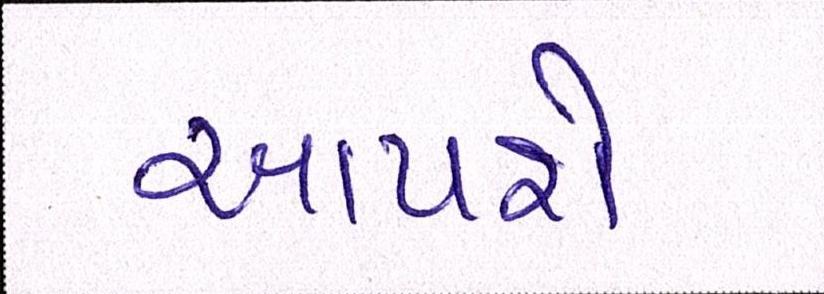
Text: આપશે